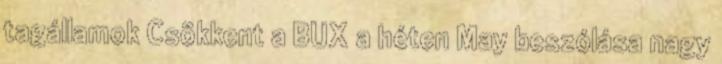
tagállamok Csökkent a BUX a héten May beszólása nagy